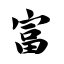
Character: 富